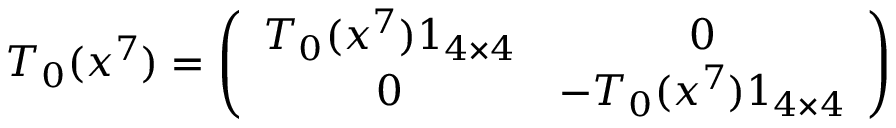
T _ { 0 } ( x ^ { 7 } ) = \left( \begin{array} { c c } { { T _ { 0 } ( x ^ { 7 } ) 1 _ { 4 \times 4 } } } & { { 0 } } \\ { { 0 } } & { { - T _ { 0 } ( x ^ { 7 } ) 1 _ { 4 \times 4 } } } \end{array} \right)